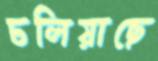
ঢলিয়াছে